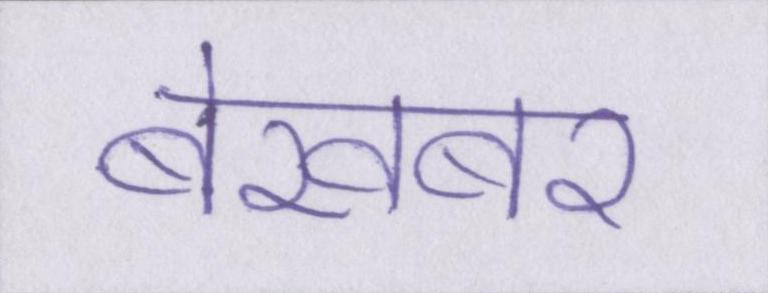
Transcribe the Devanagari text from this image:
बेखबर